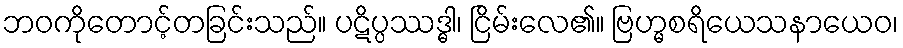
ဘဝကိုတောင့်တခြင်းသည်။ ပဋိပ္ပဿဒ္ဓါ၊ ငြိမ်းလေ၏။ ဗြဟ္မစရိယေသနာယေဝ၊